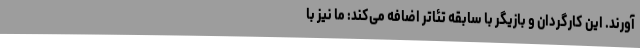
آورند. این کارگردان و بازیگر با سابقه تئاتر اضافه می‌کند: ما نیز با